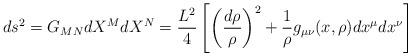
LaTeX: \begin{align*}ds^2 = G_{MN}dX^M dX^N = \frac{L^2}{4} \left[\left(\frac{d\rho}{\rho}\right)^2 + \frac{1}{\rho} g_{\mu\nu}(x,\rho)dx^{\mu}dx^{\nu} \right]\end{align*}